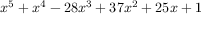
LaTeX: x ^ { 5 } + x ^ { 4 } - 2 8 x ^ { 3 } + 3 7 x ^ { 2 } + 2 5 x + 1